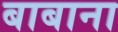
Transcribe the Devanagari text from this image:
बाबाना